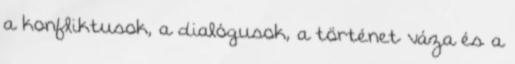
a konfliktusok, a dialógusok, a történet váza és a